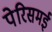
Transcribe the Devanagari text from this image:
पेरिसमई